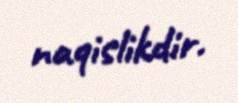
naqislikdir.